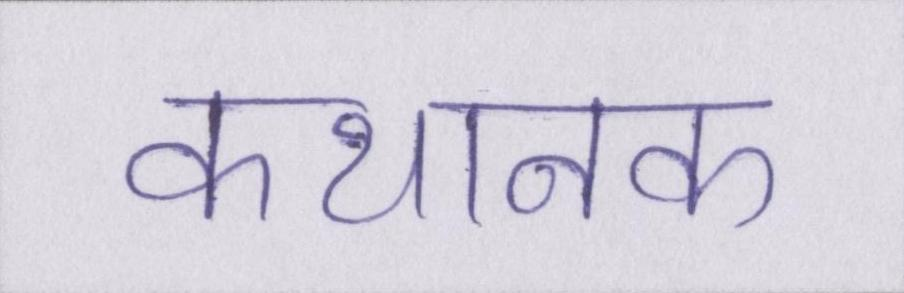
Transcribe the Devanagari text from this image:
कथानक